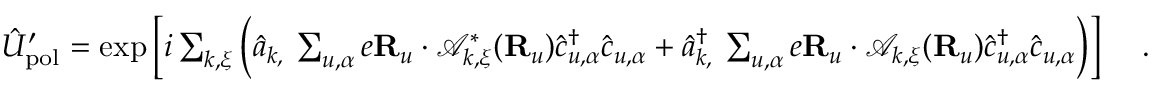
\begin{array} { r } { \hat { U } _ { \mathrm { p o l } } ^ { \prime } = \exp \Big [ i \sum _ { { \boldsymbol k } , { \boldsymbol \xi } } \Big ( \hat { a } _ { { \boldsymbol k } , { \bf \xi } } \sum _ { u , \alpha } e { \bf R } _ { u } \cdot \mathcal { A } _ { { \boldsymbol k } , { \boldsymbol \xi } } ^ { * } ( { \bf R } _ { u } ) \hat { c } _ { u , \alpha } ^ { \dagger } \hat { c } _ { u , \alpha } + \hat { a } _ { { \boldsymbol k } , { \bf \xi } } ^ { \dagger } \sum _ { u , \alpha } e { \bf R } _ { u } \cdot \mathcal { A } _ { { \boldsymbol k } , { \boldsymbol \xi } } ( { \bf R } _ { u } ) \hat { c } _ { u , \alpha } ^ { \dagger } \hat { c } _ { u , \alpha } \Big ) \Big ] ~ ~ ~ ~ . } \end{array}